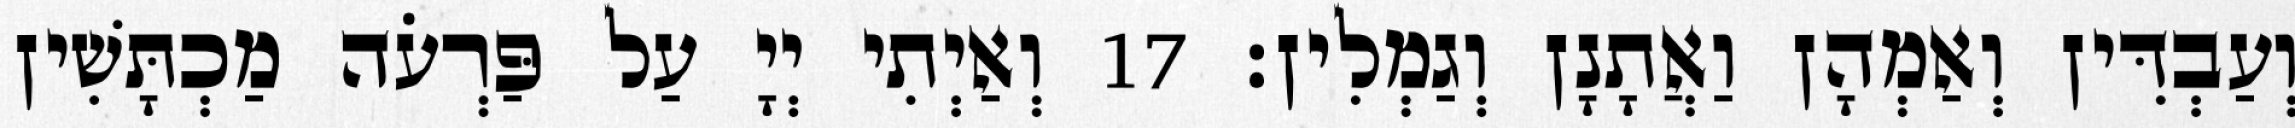
וְעַבְדִּין וְאַמְהָן וַאֲתָנָן וְגַמְלִין׃ 17 וְאַיְתִי יְיָ עַל פַּרְעֹה מַכְתָּשִׁין